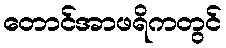
တောင်အာဖရိကတွင်